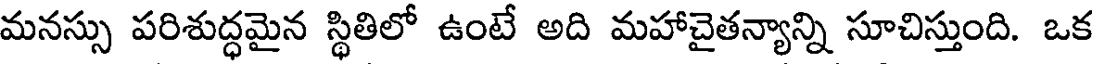
మనస్సు పరిశుద్ధమైన స్థితిలో ఉంటే అది మహాచైతన్యాన్ని సూచిస్తుంది. ఒక